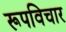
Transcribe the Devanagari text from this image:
रूपविचार